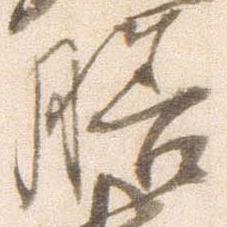
膳